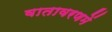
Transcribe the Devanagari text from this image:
वातावरणमें